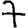
Digit: 7